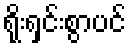
ရိုးရှင်းစွာပင်